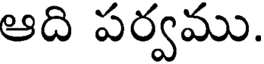
ఆది పర్వము.